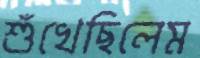
শুঁখেছিলেম